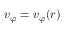
v _ { \varphi } = v _ { \varphi } ( r )